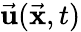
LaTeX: \vec{\mathbf u}(\vec{\mathbf x},t)